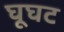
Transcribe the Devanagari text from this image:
घूघट